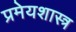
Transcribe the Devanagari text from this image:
प्रमेयशास्त्र